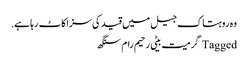
وہ روہتاک جیل میں قید کی سزاکاٹ رہا ہے.
Tagged گرمیت بیٹی رحیم رام سنگھ